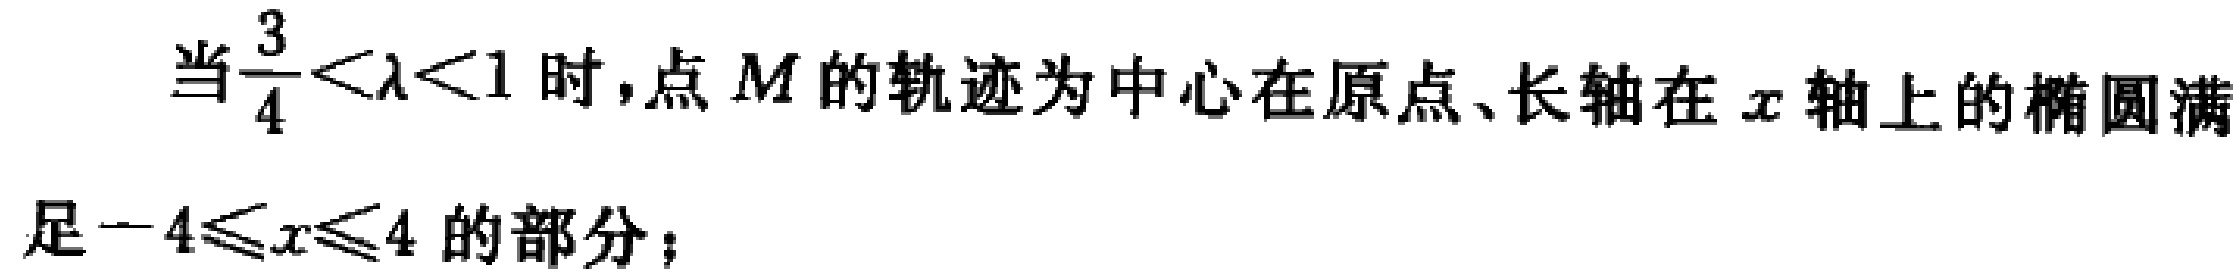
当\(\frac{3}{4}<\lambda<1\)时,点 \(M\)的轨迹为中心在原点、长轴在 \(x\)轴上的椭圆满足\(-4\leqslant x\leqslant4\)的部分；